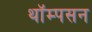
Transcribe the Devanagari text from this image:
थॉम्‍पसन